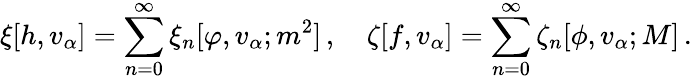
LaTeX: \xi[h,v_{\alpha}]=\sum_{n=0}^{\infty}\xi_{n}[\varphi,v_{\alpha};m^{2}]\, ,\quad\zeta[f,v_{\alpha}]=\sum_{n=0}^{\infty}\zeta_{n}[\phi,v_{\alpha};M]\, .